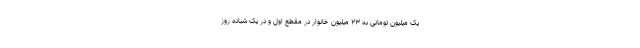
یک میلیون تومانی به ۲۳ میلیون خانوار در مقطع اول و در یک شبانه روز